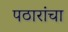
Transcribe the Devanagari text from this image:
पठारांचा